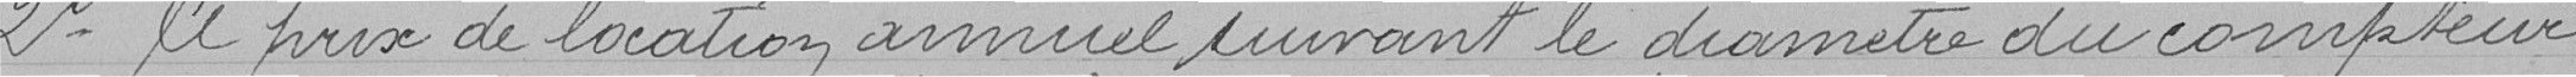
2° le prix de location annuel suivant le diamètre du compteur,